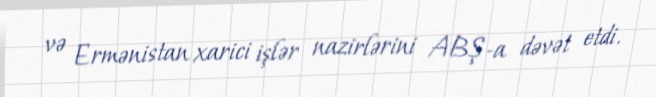
və Ermənistan xarici işlər nazirlərini ABŞ-a dəvət etdi.